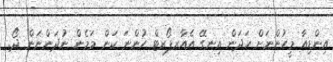
އިންޑިއާ މީހުންނަށް ހަދަން އިނގޭ އެއާރޕޯރޓް ހުންނަ ކަން މަމެން ނުދަންނަން ދޯ.